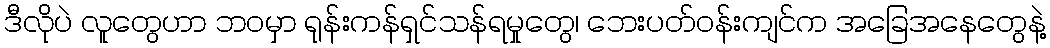
ဒီလိုပဲ လူတွေဟာ ဘဝမှာ ရုန်းကန်ရှင်သန်ရမှုတွေ၊ ဘေးပတ်ဝန်းကျင်က အခြေအနေတွေနဲ့